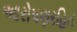
આરોપણરહિત